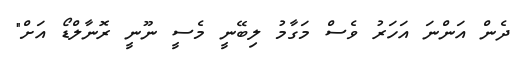
ދެން އަންނަ އަހަރު ވެސް މަގާމު ލިބޭނީ މެސީ ނޫނީ ރޮނާލްޑޯ އަށް"